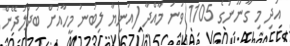
އަދި މި ގާނޫނުގެ 1105 ވަނަ މާއްދާ (އަނިޔާ ލިބުނު މީހާއަށް ބަދަލުދޭން